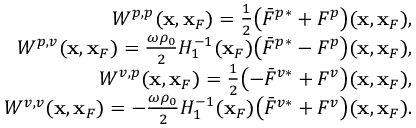
\begin{array} { r l r } & { } & { W ^ { p , p } ( { \bf x } , { \bf x } _ { F } ) = \frac { 1 } { 2 } \bigl ( \bar { F } ^ { p * } + F ^ { p } \bigr ) ( { \bf x } , { \bf x } _ { F } ) , } \\ & { } & { W ^ { p , v } ( { \bf x } , { \bf x } _ { F } ) = \frac { \omega \rho _ { 0 } } { 2 } { \cal H } _ { 1 } ^ { - 1 } ( { \bf x } _ { F } ) \bigl ( \bar { F } ^ { p * } - F ^ { p } \bigr ) ( { \bf x } , { \bf x } _ { F } ) , } \\ & { } & { W ^ { v , p } ( { \bf x } , { \bf x } _ { F } ) = \frac { 1 } { 2 } \bigl ( - \bar { F } ^ { v * } + F ^ { v } \bigr ) ( { \bf x } , { \bf x } _ { F } ) , } \\ & { } & { W ^ { v , v } ( { \bf x } , { \bf x } _ { F } ) = - \frac { \omega \rho _ { 0 } } { 2 } { \cal H } _ { 1 } ^ { - 1 } ( { \bf x } _ { F } ) \bigl ( \bar { F } ^ { v * } + F ^ { v } \bigr ) ( { \bf x } , { \bf x } _ { F } ) . } \end{array}